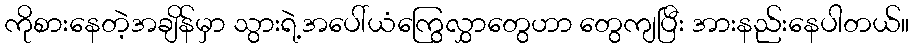
ကိုစားနေတဲ့အချိန်မှာ သွားရဲ့အပေါ်ယံကြွေလွှာတွေဟာ တွေကျပြီး အားနည်းနေပါတယ်။